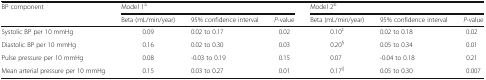
| <ROWSPAN=2> BP component | <COLSPAN=3> Model 1a | <COLSPAN=3> Model 2b |
 | Beta (mL/min/year) | 95% confidence interval | P-value | Beta (mL/min/year) | 95% confidence interval | P-value |
 | --- | --- | --- | --- | --- | --- | --- |
 | Systolic BP per 10 mmHg | 0.09 | 0.02 to 0.17 | 0.02 | 0.10‡ | 0.02 to 0.18 | 0.02 |
 | Diastolic BP per 10 mmHg | 0.16 | 0.02 to 0.30 | 0.03 | 0.20§ | 0.05 to 0.34 | 0.01 |
 | Pulse pressure per 10 mmHg | 0.08 | -0.03 to 0.19 | 0.15 | 0.07 | -0.04 to 0.18 | 0.21 |
 | Mean arterial pressure per 10 mmHg | 0.15 | 0.03 to 0.27 | 0.01 | 0.17|| | 0.05 to 0.30 | 0.007 |